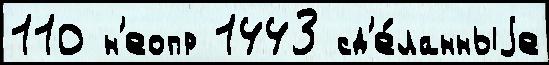
110 н'еопр 1443 сд'е́ланныjе